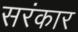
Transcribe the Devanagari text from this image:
सरंकार